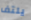
يلتف